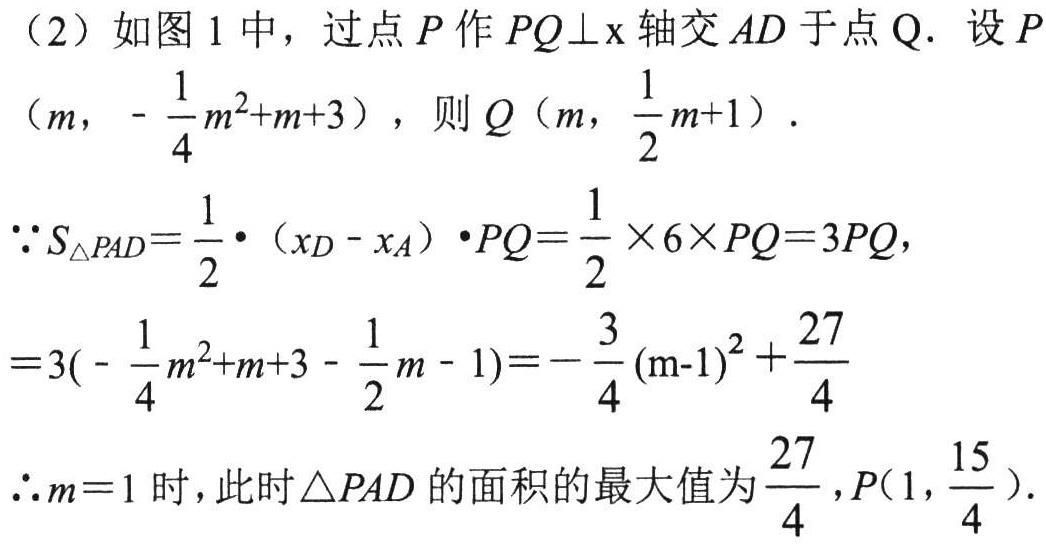
（2）如图 1 中，过点 \(P\) 作 \(PQ\bot x\) 轴交 \(AD\) 于点 \(Q\). 设 \(P\left(m, -\dfrac{1}{4}m^{2}+m + 3\right)\)，则 \(Q\left(m, \dfrac{1}{2}m + 1\right)\).
\(\because S_{\triangle PAD}=\dfrac{1}{2}\cdot \left(x_{D}-x_{A}\right)\cdot PQ=\dfrac{1}{2}\times 6\times PQ = 3PQ\)，
\(=3\left(-\dfrac{1}{4}m^{2}+m + 3-\dfrac{1}{2}m - 1\right)=-\dfrac{3}{4}(m - 1)^{2}+\dfrac{27}{4}\)
\(\therefore m = 1\) 时，此时 \(\triangle PAD\) 的面积的最大值为 \(\dfrac{27}{4}\)，\(P\left(1,\dfrac{15}{4}\right)\).